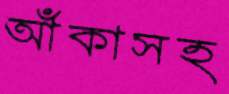
আঁকাসহ